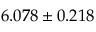
6 . 0 7 8 \pm 0 . 2 1 8